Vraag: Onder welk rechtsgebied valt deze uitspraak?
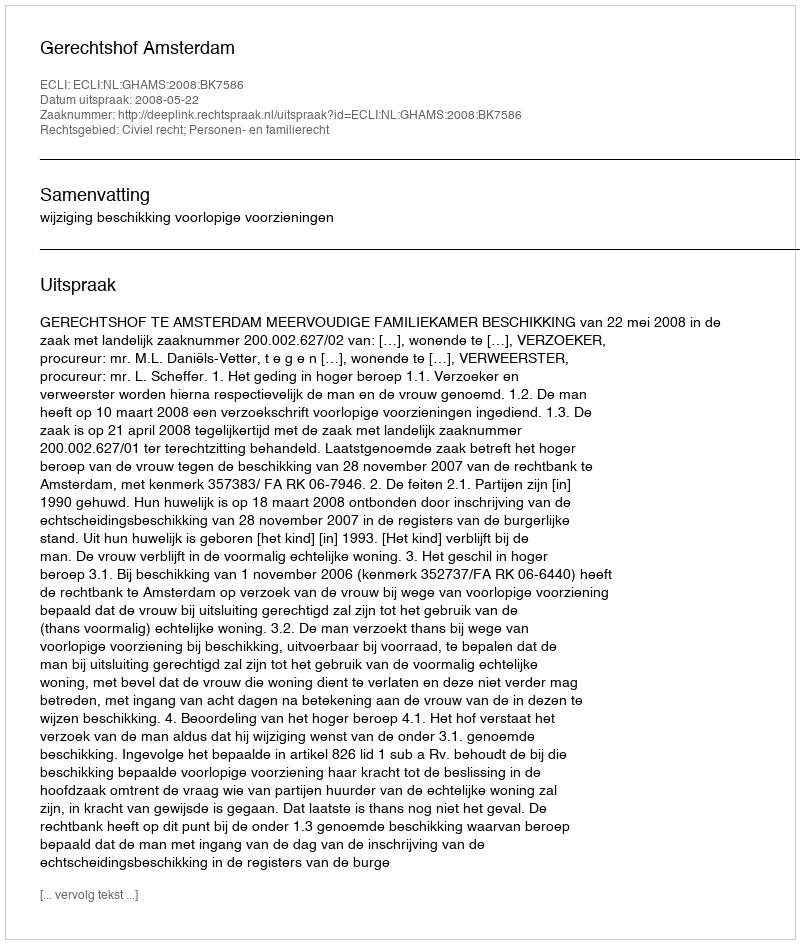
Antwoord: Civiel recht; Personen- en familierecht